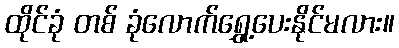
ထိုင်ခုံ တစ် ခုံလောက်ရွှေ့ပေးနိုင်မလား။